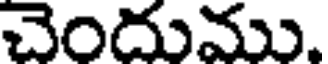
చెందుము.